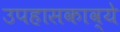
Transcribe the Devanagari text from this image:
उपहासकाव्ये